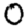
Digit: 0